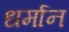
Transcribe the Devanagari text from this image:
धर्मान